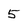
Character: 5